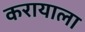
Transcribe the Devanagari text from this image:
करायाला